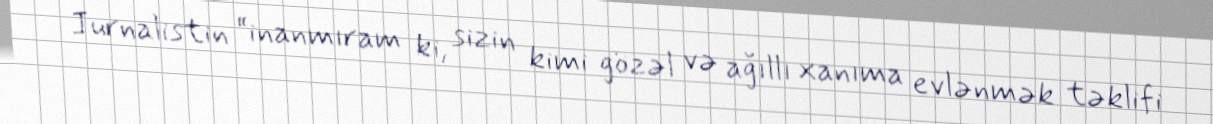
Jurnalistin “inanmıram ki, sizin kimi gözəl və ağıllı xanıma evlənmək təklifi